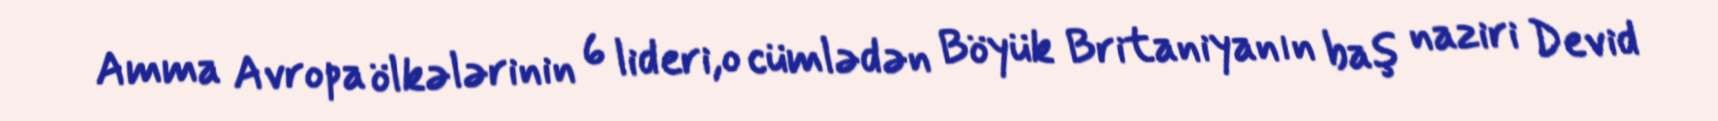
Amma Avropa ölkələrinin 6 lideri,o cümlədən Böyük Britaniyanın baş naziri Devid